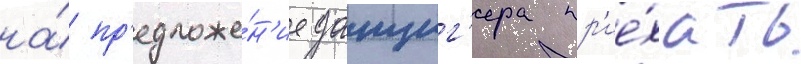
на́ пр'едложе́н'ие данциг'ера пр'ие́хать